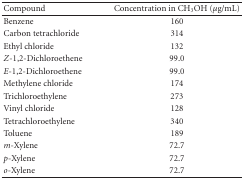
<table><thead><tr><td><b>Compound</b></td><td><b>Concentration in CH<sub>3</sub>OH (<i>μ</i>g/mL)</b></td></tr></thead><tbody><tr><td>Benzene</td><td>160</td></tr><tr><td>Carbon tetrachloride</td><td>314</td></tr><tr><td>Ethyl chloride</td><td>132</td></tr><tr><td><i>Z</i>-1,2-Dichloroethene</td><td>99.0</td></tr><tr><td><i>E</i>-1,2-Dichloroethene</td><td>99.0</td></tr><tr><td>Methylene chloride</td><td>174</td></tr><tr><td>Trichloroethylene</td><td>273</td></tr><tr><td>Vinyl chloride</td><td>128</td></tr><tr><td>Tetrachloroethylene</td><td>340</td></tr><tr><td>Toluene</td><td>189</td></tr><tr><td><i>m</i>-Xylene</td><td>72.7</td></tr><tr><td><i>p</i>-Xylene</td><td>72.7</td></tr><tr><td><i>o</i>-Xylene</td><td>72.7</td></tr></tbody></table>